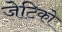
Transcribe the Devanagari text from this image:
जेटिको